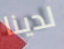
لدينا